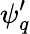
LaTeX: {\psi}_{q}^{\prime}